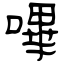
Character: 嗶